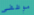
موظفي